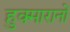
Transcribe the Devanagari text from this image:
हुक्मारानों